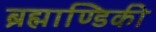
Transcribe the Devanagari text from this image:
ब्रह्माण्डिकी